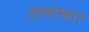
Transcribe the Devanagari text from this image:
उवसंम्हार